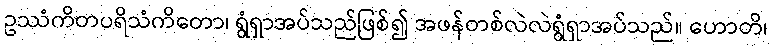
ဥဿံကိတပရိသံကိတော၊ ရွံရှာအပ်သည်ဖြစ်၍ အဖန်တစ်လဲလဲရွံရှာအပ်သည်။ ဟောတိ၊